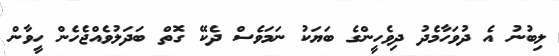
ލިބުނު އެ ދުވަހާމެދު ދިވެހީންގެ ބަޔަކު ނަމަވެސް ދެކޭ ގޮތް ބަދަލުވެއްޖެހެން ހީވާން